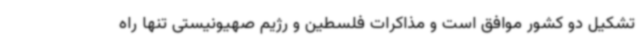
تشکیل دو کشور موافق است و مذاکرات فلسطین و رژیم صهیونیستی تنها راه